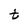
Character: t